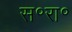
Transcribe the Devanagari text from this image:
स॰रा॰